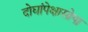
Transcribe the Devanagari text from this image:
दोघांपेक्षासोपा